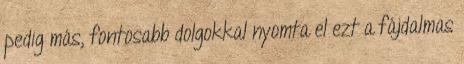
pedig más, fontosabb dolgokkal nyomta el ezt a fájdalmas